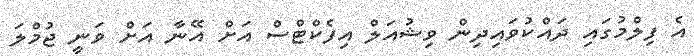
އެ ފިލްމުގައި ދައްކުވައިދިން ވިޝުއަލް އިފެކްޓްސް އަށް އޭނާ އަށް ވަނީ ޖުމްލަ